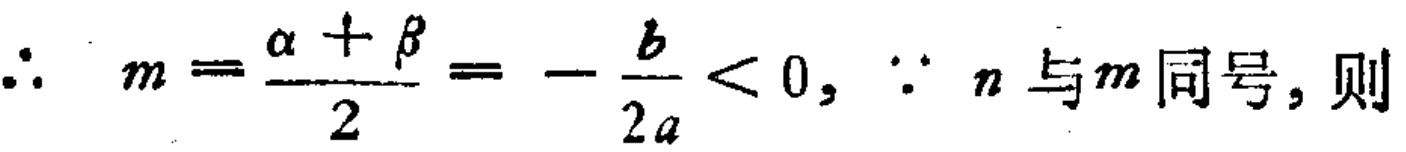
\(\therefore m = \frac{\alpha+\beta}{2}=-\frac{b}{2a}<0, \because n\text{ 与}m\text{ 同号，则}\)